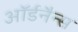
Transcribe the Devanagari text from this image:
ऑर्डनैन्स